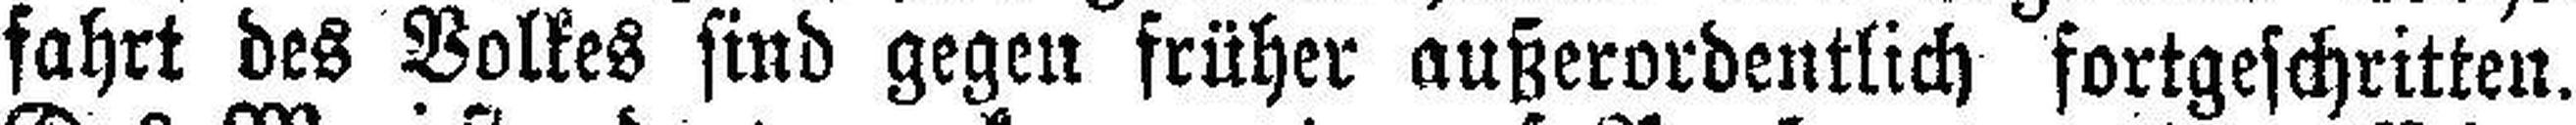
fahrt des Volkes sind gegen früher außerordentlich fortgeschritten.